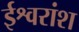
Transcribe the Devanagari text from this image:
ईश्वरांश